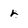
Character: r